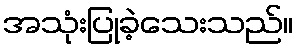
အသုံးပြုခဲ့သေးသည်။